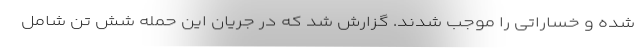
شده و خساراتی را موجب شدند. گزارش شد که در جریان این حمله شش تن شامل